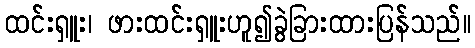
ထင်းရှူး၊ ဖားထင်းရှူးဟူ၍ခွဲခြားထားပြန်သည်။